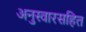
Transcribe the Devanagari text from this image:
अनुस्वारसहित